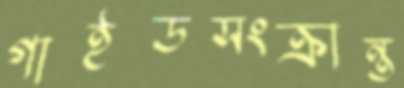
গাইডসংক্রান্ত